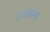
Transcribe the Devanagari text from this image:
एन्हाना